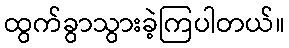
ထွက်ခွာသွားခဲ့ကြပါတယ်။